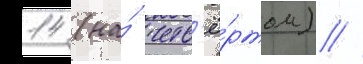
14 (на́ четв'ё́ртом) //